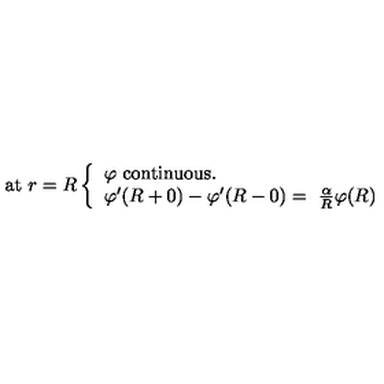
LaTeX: \mathrm { a t } \ r = R \left\{ \begin{array} { l l } { \varphi \ \mathrm { c o n t i n u o u s . } } \\ { \varphi ^ { \prime } ( R + 0 ) - \varphi ^ { \prime } ( R - 0 ) = \ \frac { \alpha } { R } \varphi ( R ) } \\ \end{array} \right.